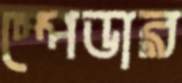
স্পেডার